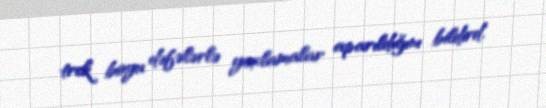
trek boyu dəfələrlə yoxlamalar aparıldığını bildird.